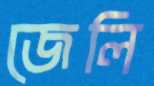
জেলি